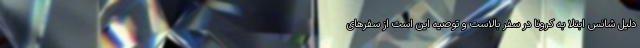
دلیل شانس ابتلا به کرونا در سفر بالاست و توصیه این است از سفر‌های